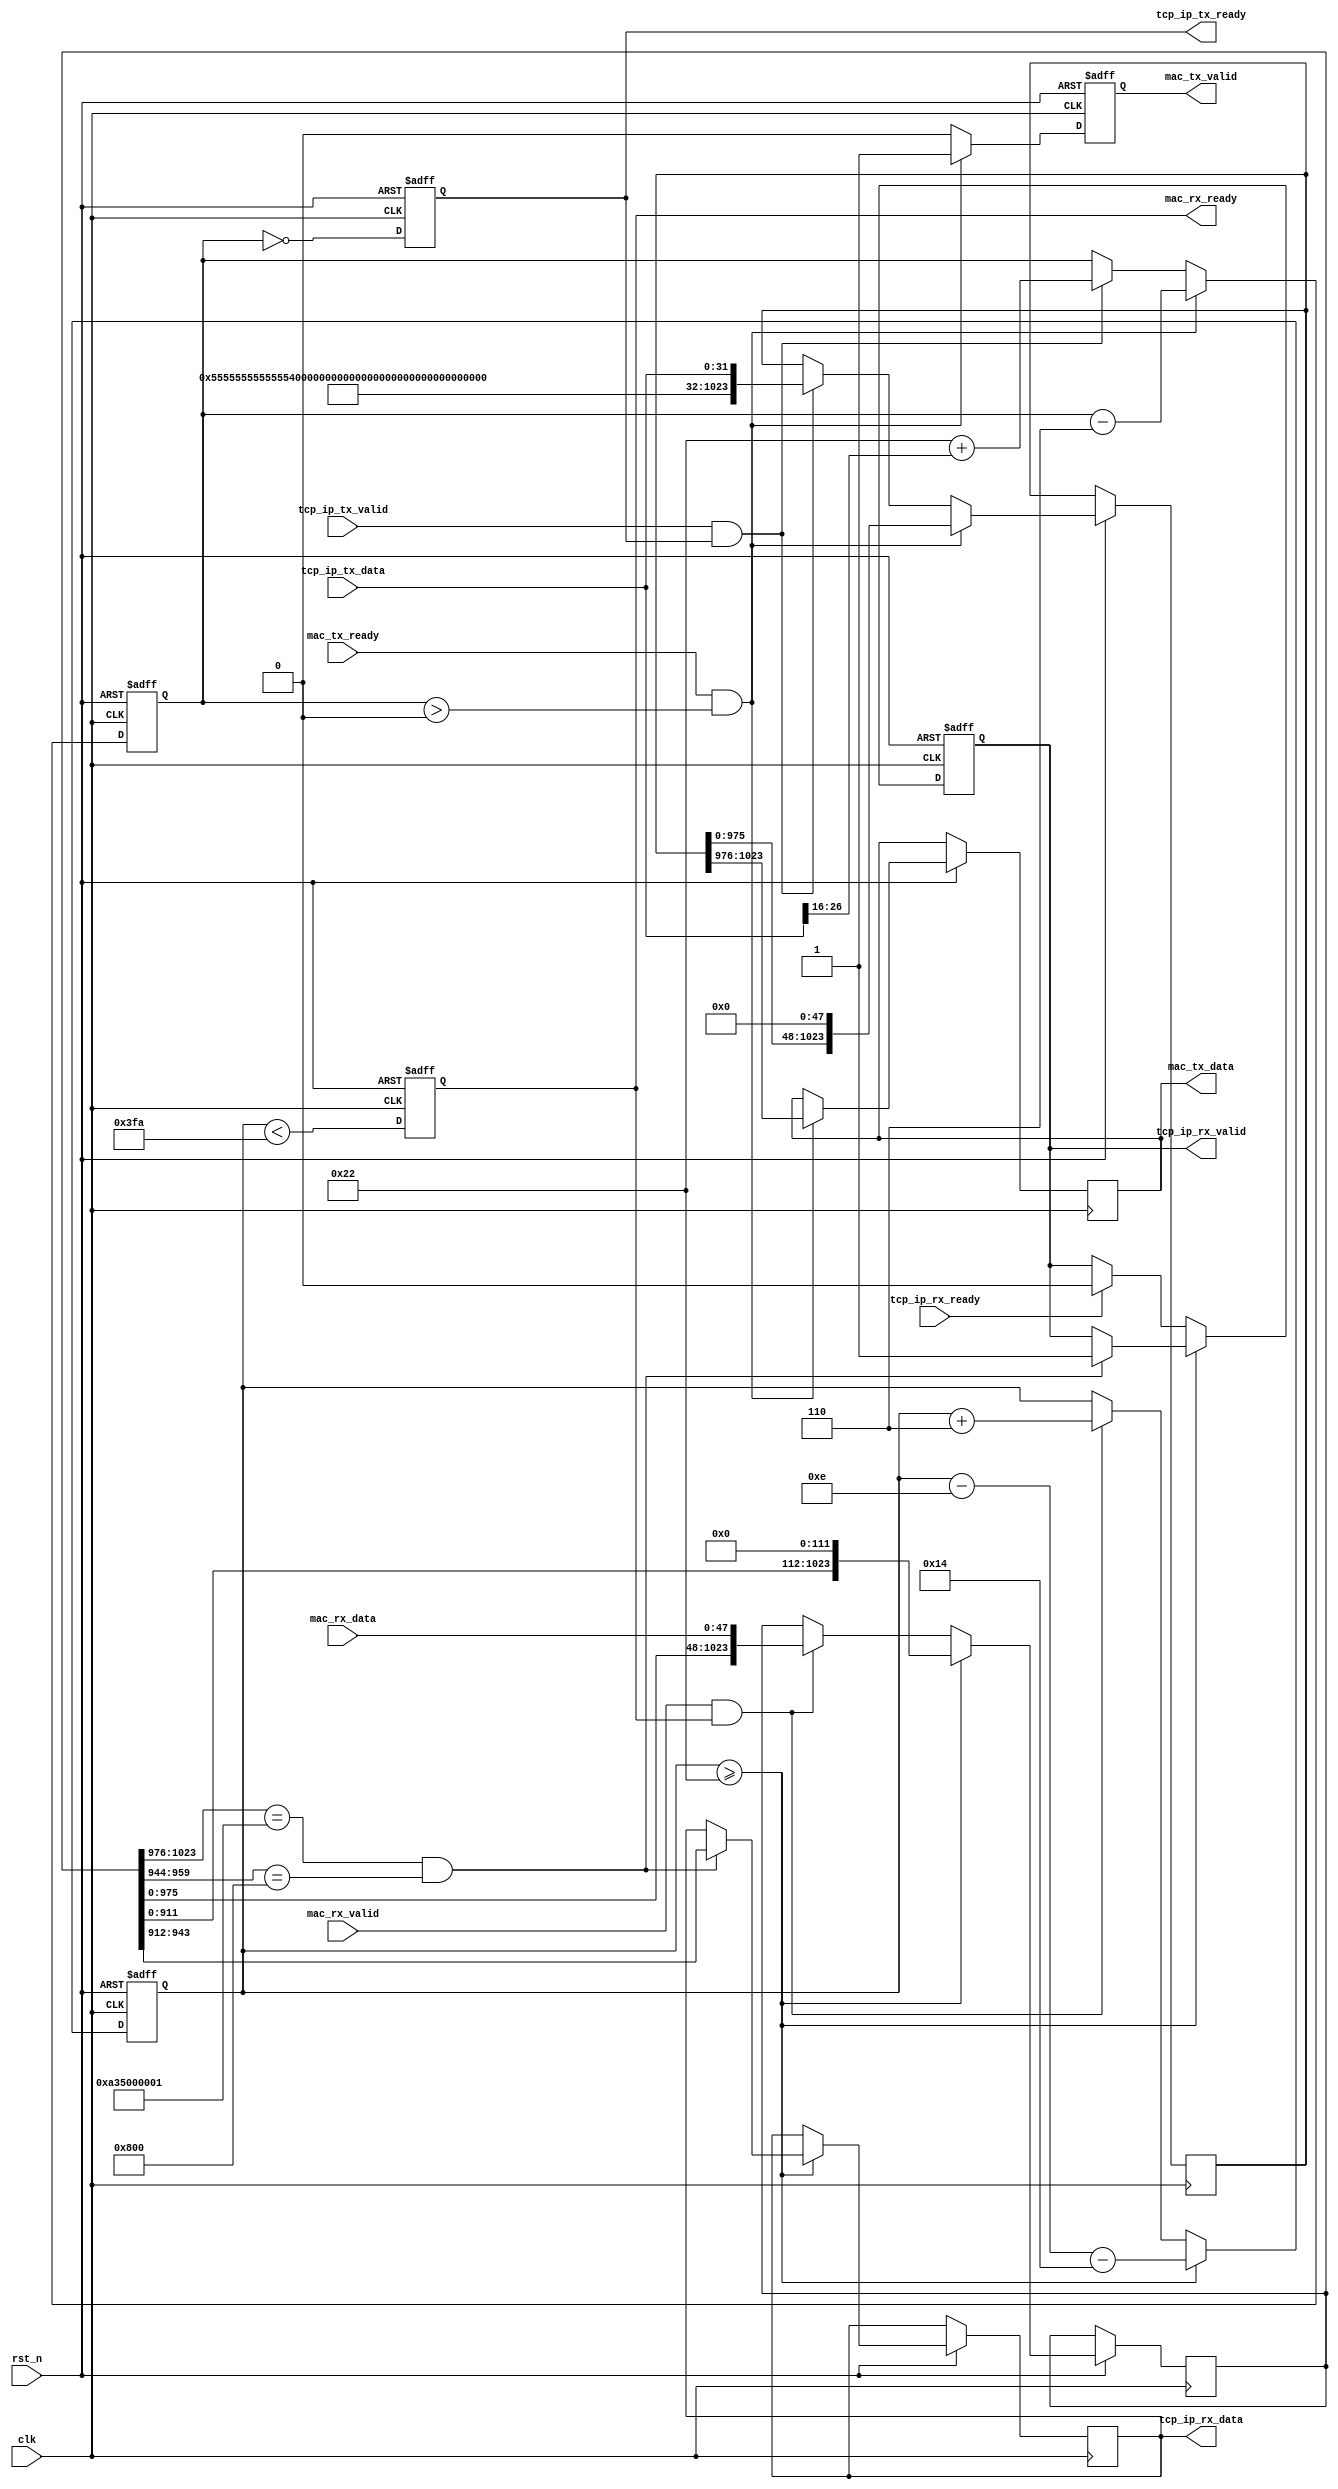
// This program was cloned from: https://github.com/muditbhargava66/High-Frequency-Trading-FPGA-System
// License: MIT License

module ethernet_layer (
  input wire clk,
  input wire rst_n,
  
  // MAC interface
  output reg [47:0] mac_tx_data,
  output reg mac_tx_valid,
  input wire mac_tx_ready,
  input wire [47:0] mac_rx_data,
  input wire mac_rx_valid,
  output reg mac_rx_ready,
  
  // TCP/IP stack interface
  input wire [31:0] tcp_ip_tx_data,
  input wire tcp_ip_tx_valid,
  output reg tcp_ip_tx_ready,
  output reg [31:0] tcp_ip_rx_data,
  output reg tcp_ip_rx_valid,
  input wire tcp_ip_rx_ready
);

  // Ethernet frame parameters
  parameter PREAMBLE = 64'h55555555555555D5;
  parameter SFD = 8'hD5;
  parameter ETH_TYPE_IPV4 = 16'h0800;
  parameter MAC_ADDR_LOCAL = 48'h000A35000001;
  parameter MAC_ADDR_REMOTE = 48'h000A35000002;

  // Packet buffers
  reg [1023:0] tx_buffer;
  reg [10:0] tx_length;
  reg [1023:0] rx_buffer;
  reg [10:0] rx_length;

  // Ethernet layer logic
  always @(posedge clk or negedge rst_n) begin
    if (!rst_n) begin
      // Reset logic
      tx_length <= 0;
      rx_length <= 0;
      mac_tx_valid <= 0;
      tcp_ip_rx_valid <= 0;
      tcp_ip_tx_ready <= 1;
      mac_rx_ready <= 1;
    end else begin
      // Transmit packet
      if (tcp_ip_tx_valid && tcp_ip_tx_ready) begin
        tx_buffer <= {PREAMBLE, SFD, MAC_ADDR_REMOTE, MAC_ADDR_LOCAL, ETH_TYPE_IPV4, tcp_ip_tx_data};
        tx_length <= 14 + 20 + tcp_ip_tx_data[31:16];
      end

      if (mac_tx_ready && tx_length > 0) begin
        mac_tx_data <= tx_buffer[1023:976];
        mac_tx_valid <= 1;
        tx_buffer <= {tx_buffer[975:0], 48'h0};
        tx_length <= tx_length - 6;
      end else begin
        mac_tx_valid <= 0;
      end

      // Receive packet
      if (mac_rx_valid && mac_rx_ready) begin
        rx_buffer <= {rx_buffer[975:0], mac_rx_data};
        rx_length <= rx_length + 6;
      end

      if (rx_length >= 14 + 20) begin
        if (rx_buffer[1023:976] == MAC_ADDR_LOCAL && rx_buffer[959:944] == ETH_TYPE_IPV4) begin
          tcp_ip_rx_data <= rx_buffer[943:912];
          tcp_ip_rx_valid <= 1;
        end
        rx_buffer <= {rx_buffer[911:0], 112'h0};
        rx_length <= rx_length - 14 - 20;
      end else if (tcp_ip_rx_ready) begin
        tcp_ip_rx_valid <= 0;
      end

      // Update ready signals
      tcp_ip_tx_ready <= (tx_length == 0);
      mac_rx_ready <= (rx_length < 1024 - 6);
    end
  end

endmodule